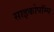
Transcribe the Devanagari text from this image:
साइकोपॉम्प